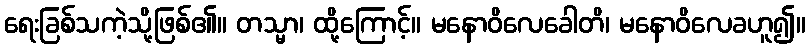
ရေးခြစ်သကဲ့သို့ဖြစ်၏။ တသ္မာ၊ ထို့ကြောင့်။ မနောဝိလေခေါတိ၊ မနောဝိလေခဟူ၍။